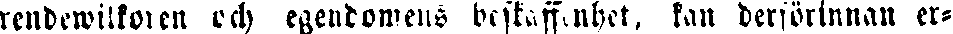
rendewilkoren och egendomens beskaffenhet, kan deförinnan er-